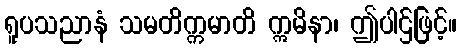
ရူပသညာနံ သမတိက္ကမာတိ ဣမိနာ၊ ဤပါဌ်ဖြင့်။